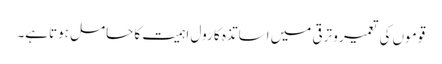
قوموں کی تعمیر و ترقی میں اساتذہ کا رول اہمیت کا حامل ہوتاہے۔